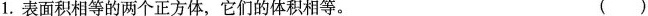
1.表面积相等的两个正方体，它们的体积相等。 ()